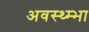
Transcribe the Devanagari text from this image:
अवस्थ्म्भा